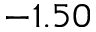
- 1 . 5 0